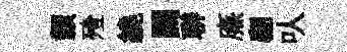
纇殪繞鬬聨㢘翩㕥